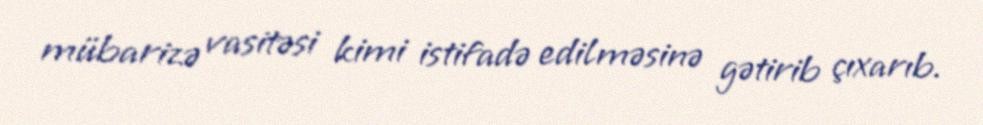
mübarizə vasitəsi kimi istifadə edilməsinə gətirib çıxarıb.